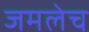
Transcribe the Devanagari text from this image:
जमलेच